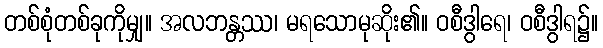
တစ်စုံတစ်ခုကိုမျှ။ အလဘန္တဿ၊ မရသောမုဆိုး၏။ ဝစီဒွါရေ၊ ဝစီဒွါရ၌။